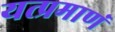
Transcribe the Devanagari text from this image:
यत्प्रमाणं